Calcutta medical institutions reports 1879-81 [i.e.91]
Year: 1879
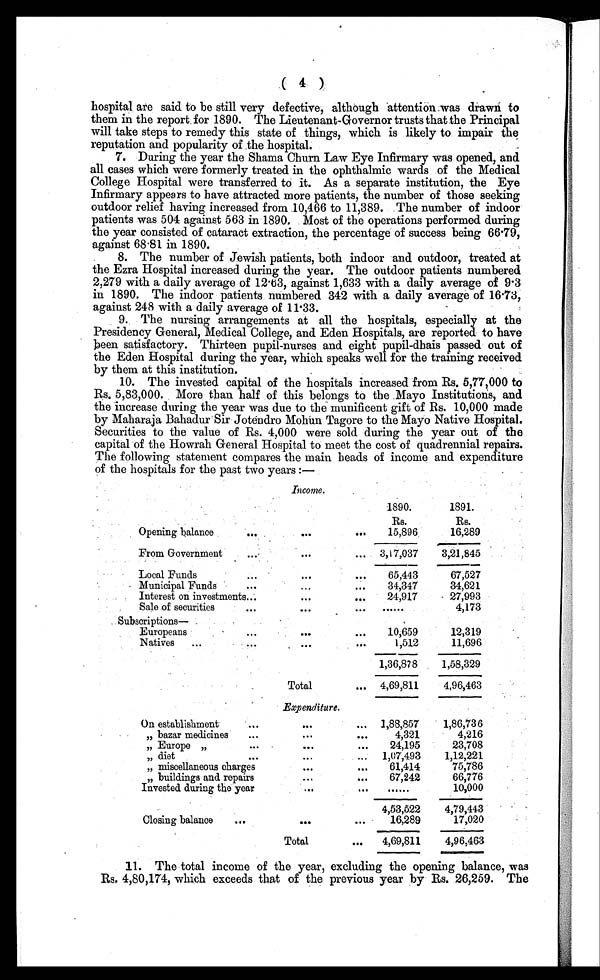
( 4 )
hospital are said to be still very defective, although attention was drawn to
them in the report for 1890. The Lieutenant-Governor trusts that the Principal
will take steps to remedy this state of things, which is likely to impair the
reputation and popularity of the hospital.
7. During the year the Shama Churn Law Eye Infirmary was opened, and
all cases which were formerly treated in the ophthalmic wards of the Medical
College Hospital were transferred to it. As a separate institution, the Eye
Infirmary appears to have attracted more patients, the number of those seeking
outdoor relief having increased from 10,466 to 11,389. The number of indoor
patients was 504 against 563 in 1890. Most of the operations performed during
the year consisted of cataract extraction, the percentage of success being 66.79,
against 68.81 in 1890.
8. The number of Jewish patients, both indoor and outdoor, treated at
the Ezra Hospital increased during the year. The outdoor patients numbered
2,279 with a daily average of 12.63, against 1,633 with a daily average of 9.3
in 1890. The indoor patients numbered 342 with a daily average of 16.73,
against 248 with a daily average of 11.33.
9. The nursing arrangements at all the hospitals, especially at the
Presidency General, Medical College, and Eden Hospitals, are reported to have
been satisfactory. Thirteen pupil-nurses and eight pupil-dhais passed out of
the Eden Hospital during the year, which speaks well for the training received
by them at this institution.
10. The invested capital of the hospitals increased from Rs. 5,77,000 to
Rs. 5,83,000. More than half of this belongs to the Mayo Institutions, and
the increase during the year was due to the munificent gift of Rs. 10,000 made
by Maharaja Bahadur Sir Jotendro Mohun Tagore to the Mayo Native Hospital.
Securities to the value of Rs. 4,000 were sold during the year out of the
capital of the Howrah General Hospital to meet the cost of quadrennial repairs.
The following statement compares the main heads of income and expenditure
of the hospitals for the past two years:—
Income.
1890.
1891.
Rs.
Rs.
Opening balance
...
. . .
... 15,896
16,289
From Government
. . .
. . .
... 3,17,037 3,21,845
Local Funds
. . .
. . .
. . . 65,443
67,527
Municipal Funds
...
. . .
... 34,347
34,621
Interest on investments...
...
... 24,917
27,993
Sale of securities
...
. . .
. . . . . . . . .
4,173
Subscriptions—
Europeans
. . .
. . .
... 10,659
12,319
Natives ...
. . .
. . .
. . .
1,512
11,696
1,36,878 1,58,329
Total
... 4,69,811
4,96,463
Expenditure.
On establishment
. . .
...
... 1,88,857
1,86,736
" b a z a r m e d i c i n e s ...
. . .
...
4,321
4,216
" E u r o p e " . . .
. . .
... 24,195
23,708
" d i e t ...
...
. . . 1,07,493
1,12,221
" m i s c e l l a n e o u s c h a r g e s
...
... 61,414
75,786
" b u i l d i n g s a n d r e p a i r s
. . .
...
67,242
66,776
Invested during the year
...
. . .
. . . . . .
10,000
4,53,522 4,79,443
Closing balance ...
. . .
...
16,289
17,020
Total
... 4,69,811
4,96,463
11. The total income of the year, excluding the opening balance, was
Rs. 4,80,174, which exceeds that of the previous year by Rs. 26,259. The